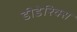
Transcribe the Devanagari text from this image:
डीडेरिक्स